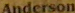
Anderson